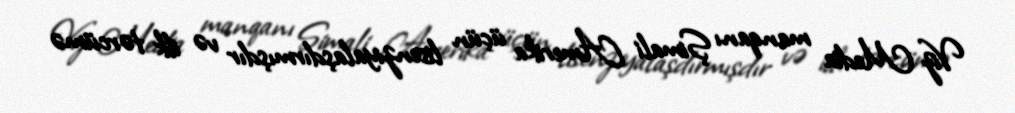
Viz Media manqanı Şimali Amerika üçün lisenziyalaşdırmışdır və ilk tərcümə